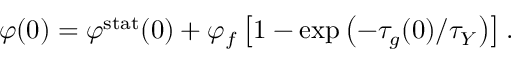
\varphi ( 0 ) = \varphi ^ { \mathrm { s t a t } } ( 0 ) + \varphi _ { f } \left[ 1 - \exp \left( - \tau _ { g } ( 0 ) / \tau _ { Y } \right) \right] .